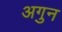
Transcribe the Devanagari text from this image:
अगुन